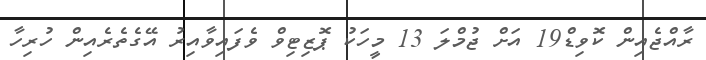
ރާއްޖެއިން ކޮވިޑް19 އަށް ޖުމްލަ 13 މީހަކު ޕޮޒިޓިވް ވެފައިވާއިރު އޭގެތެރެއިން ހުރިހާ